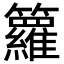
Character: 籮